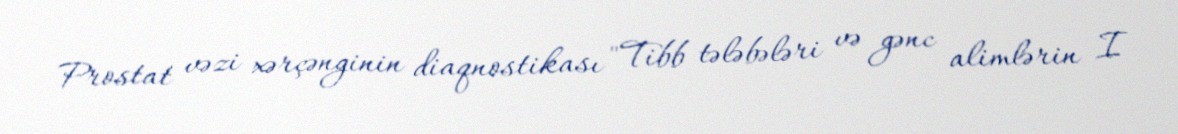
Prostat vəzi xərçənginin diaqnostikası "Tibb tələbələri və gənc alimlərin I